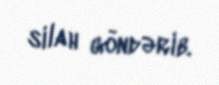
silah göndərib.